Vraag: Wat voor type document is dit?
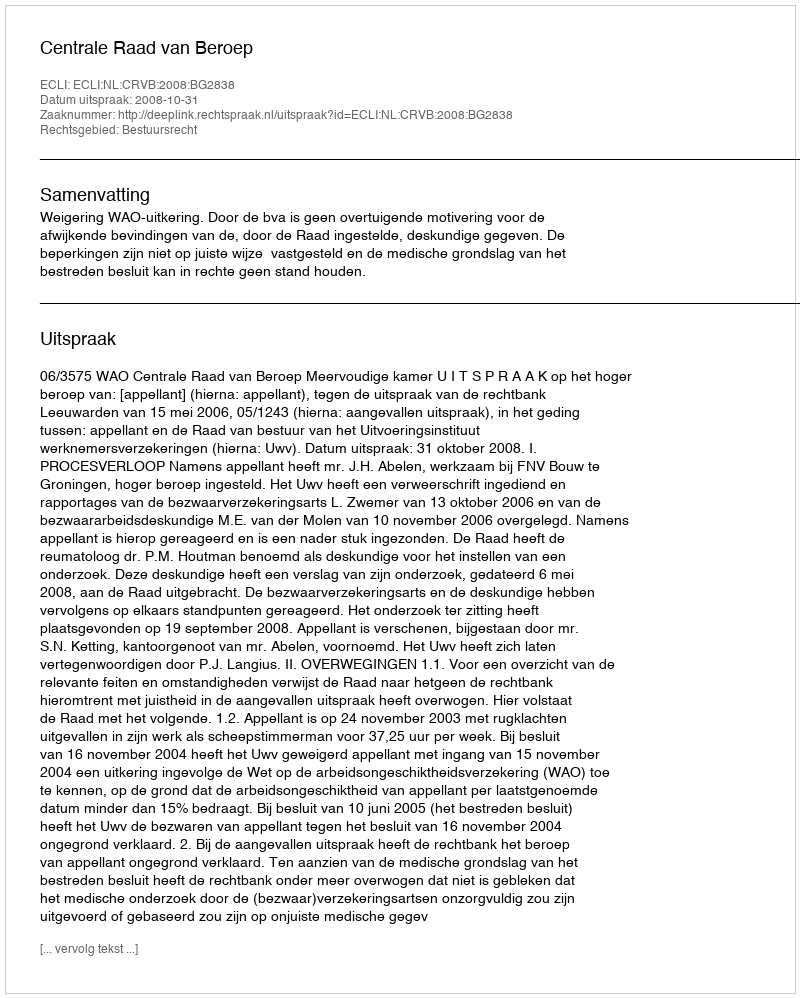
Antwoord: Uitspraak